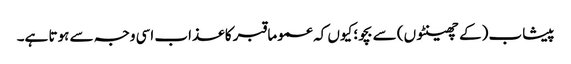
پیشاب (کے چھینٹوں) سے بچو؛ کیوں کہ عموما قبر کا عذاب اسی وجہ سے ہوتا ہے۔